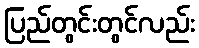
ပြည်တွင်းတွင်လည်း